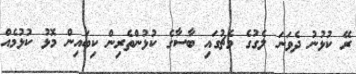
ރޭ ކުޅުނު ދެވަނަ ލެގުގެ މެޗުގައި ބާސާގެ ކުޅުންތެރިން ކިބައިން މޮޅު ކުޅުމެއް